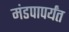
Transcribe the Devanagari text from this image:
मंडपापर्यंत